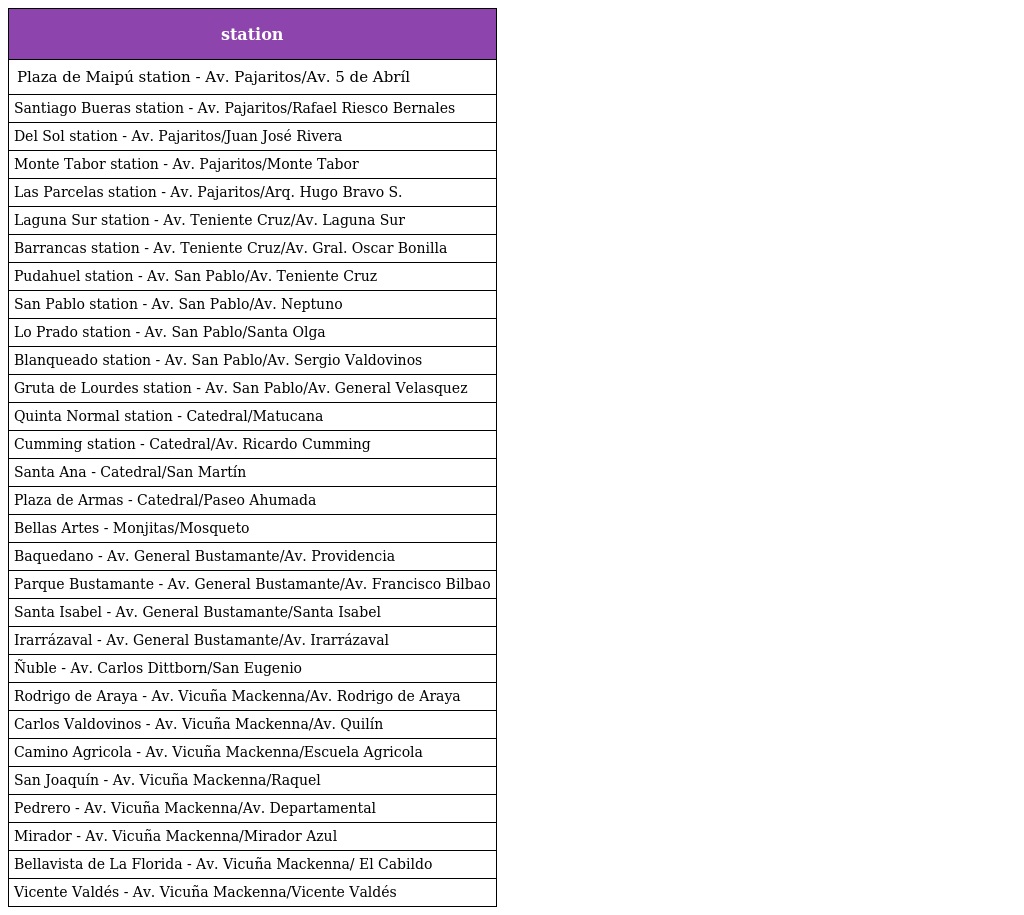
| station |
 | --- |
 | Plaza de Maipú station - Av. Pajaritos/Av. 5 de Abríl |
 | Santiago Bueras station - Av. Pajaritos/Rafael Riesco Bernales |
 | Del Sol station - Av. Pajaritos/Juan José Rivera |
 | Monte Tabor station - Av. Pajaritos/Monte Tabor |
 | Las Parcelas station - Av. Pajaritos/Arq. Hugo Bravo S. |
 | Laguna Sur station - Av. Teniente Cruz/Av. Laguna Sur |
 | Barrancas station - Av. Teniente Cruz/Av. Gral. Oscar Bonilla |
 | Pudahuel station - Av. San Pablo/Av. Teniente Cruz |
 | San Pablo station - Av. San Pablo/Av. Neptuno |
 | Lo Prado station - Av. San Pablo/Santa Olga |
 | Blanqueado station - Av. San Pablo/Av. Sergio Valdovinos |
 | Gruta de Lourdes station - Av. San Pablo/Av. General Velasquez |
 | Quinta Normal station - Catedral/Matucana |
 | Cumming station - Catedral/Av. Ricardo Cumming |
 | Santa Ana - Catedral/San Martín |
 | Plaza de Armas - Catedral/Paseo Ahumada |
 | Bellas Artes - Monjitas/Mosqueto |
 | Baquedano - Av. General Bustamante/Av. Providencia |
 | Parque Bustamante - Av. General Bustamante/Av. Francisco Bilbao |
 | Santa Isabel - Av. General Bustamante/Santa Isabel |
 | Irarrázaval - Av. General Bustamante/Av. Irarrázaval |
 | Ñuble - Av. Carlos Dittborn/San Eugenio |
 | Rodrigo de Araya - Av. Vicuña Mackenna/Av. Rodrigo de Araya |
 | Carlos Valdovinos - Av. Vicuña Mackenna/Av. Quilín |
 | Camino Agricola - Av. Vicuña Mackenna/Escuela Agricola |
 | San Joaquín - Av. Vicuña Mackenna/Raquel |
 | Pedrero - Av. Vicuña Mackenna/Av. Departamental |
 | Mirador - Av. Vicuña Mackenna/Mirador Azul |
 | Bellavista de La Florida - Av. Vicuña Mackenna/ El Cabildo |
 | Vicente Valdés - Av. Vicuña Mackenna/Vicente Valdés |